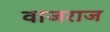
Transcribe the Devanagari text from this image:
वाजराज